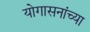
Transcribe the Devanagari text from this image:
योगासनांच्या